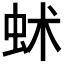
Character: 𧉱